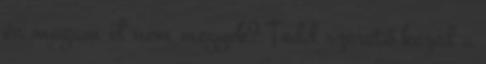
én magam el nem megyek? Tedd szerető kezed a